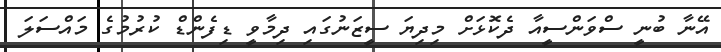
އޭނާ ބުނީ ސްވަންސީއާ ދެކޮަޅަށް މިދިޔަ ސީޒަނުގައި ދިމާވީ ޑިފެންޑް ކުރުމުގެ މައްސަލަ